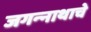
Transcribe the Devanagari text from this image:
जगन्‍नाथाचे